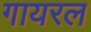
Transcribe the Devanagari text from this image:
गायरल